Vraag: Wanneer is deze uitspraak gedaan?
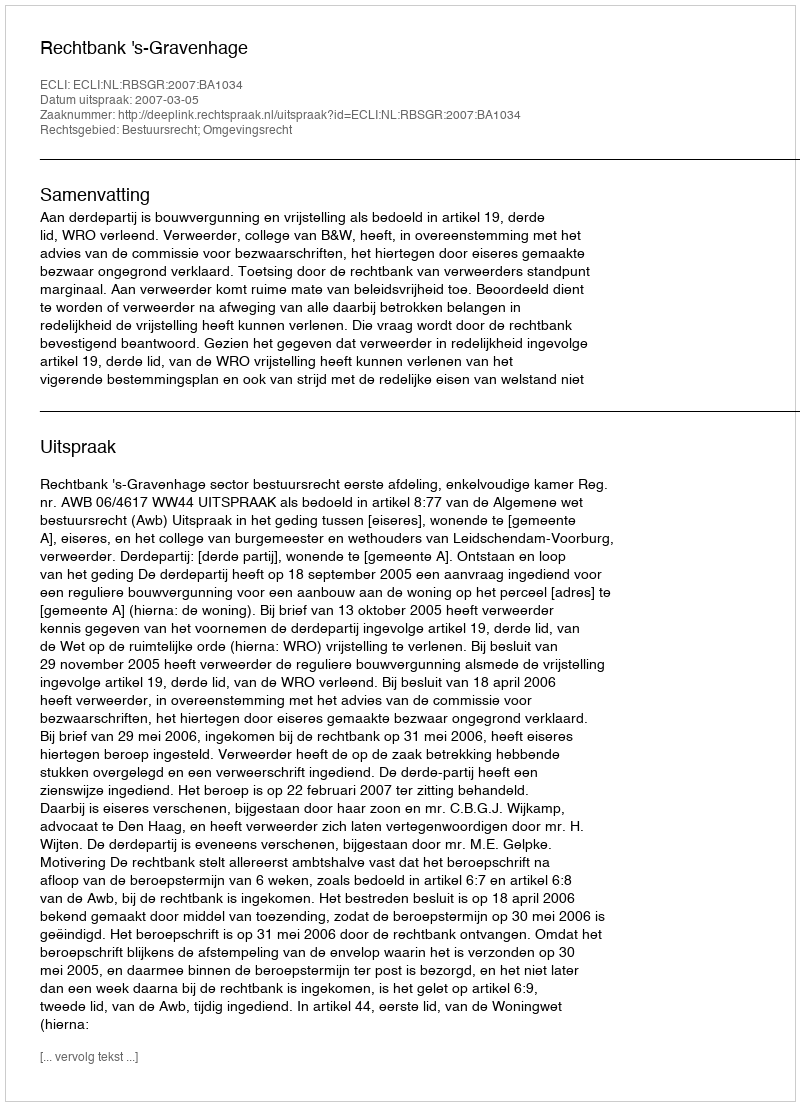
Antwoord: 2007-03-05